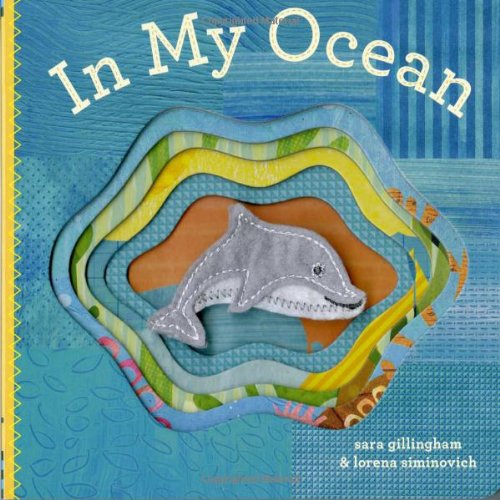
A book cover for In My Ocean; Sara Gillingham; Children's Books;